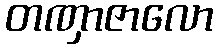
တဏှာဇာလော